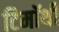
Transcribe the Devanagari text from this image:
टिमॉथी